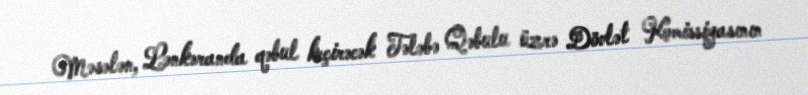
Məsələn, Lənkəranda qəbul keçirəcək Tələbə Qəbulu üzrə Dövlət Komissiyasının